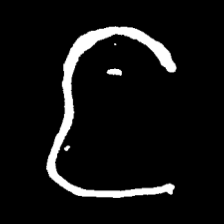
Pyu character \u2014 Myanmar letter: င (romanized: nga)